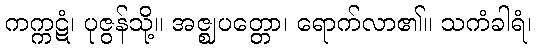
ကက္ကဋံ၊ ပုဇွန်သို့။ အဇ္ဈပတ္တော၊ ရောက်လာ၏။ သကံခါရံ၊